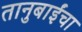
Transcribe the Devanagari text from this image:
तानुबाईंचा